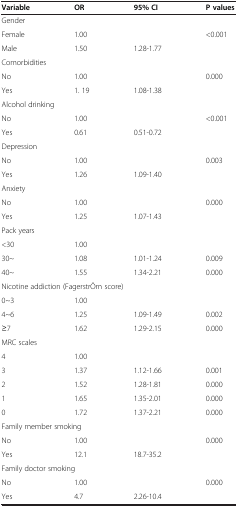
| Variable | OR | 95% CI | P values |
 | --- | --- | --- | --- |
 | <COLSPAN=4> Gender |
 | Female | 1.00 |  | <ROWSPAN=2> <0.001 |
 | Male | 1.50 | 1.28-1.77 |
 | <COLSPAN=4> Comorbidities |
 | No | 1.00 |  | <ROWSPAN=2> 0.000 |
 | Yes | 1. 19 | 1.08-1.38 |
 | <COLSPAN=4> Alcohol drinking |
 | No | 1.00 |  | <ROWSPAN=2> <0.001 |
 | Yes | 0.61 | 0.51-0.72 |
 | <COLSPAN=4> Depression |
 | No | 1.00 |  | <ROWSPAN=2> 0.003 |
 | Yes | 1.26 | 1.09-1.40 |
 | <COLSPAN=4> Anxiety |
 | No | 1.00 |  | <ROWSPAN=2> 0.000 |
 | Yes | 1.25 | 1.07-1.43 |
 | <COLSPAN=4> Pack years |
 | <30 | 1.00 |  |  |
 | 30~ | 1.08 | 1.01-1.24 | 0.009 |
 | 40~ | 1.55 | 1.34-2.21 | 0.000 |
 | <COLSPAN=4> Nicotine addiction (FagerstrÖm score) |
 | 0~3 | 1.00 |  |  |
 | 4~6 | 1.25 | 1.09-1.49 | 0.002 |
 | ≥7 | 1.62 | 1.29-2.15 | 0.000 |
 | <COLSPAN=4> MRC scales |
 | 4 | 1.00 |  |  |
 | 3 | 1.37 | 1.12-1.66 | 0.001 |
 | 2 | 1.52 | 1.28-1.81 | 0.000 |
 | 1 | 1.65 | 1.35-2.01 | 0.000 |
 | 0 | 1.72 | 1.37-2.21 | 0.000 |
 | <COLSPAN=4> Family member smoking |
 | No | 1.00 |  | <ROWSPAN=2> 0.000 |
 | Yes | 12.1 | 18.7-35.2 |
 | <COLSPAN=4> Family doctor smoking |
 | No | 1.00 |  | <ROWSPAN=2> 0.000 |
 | Yes | 4.7 | 2.26-10.4 |